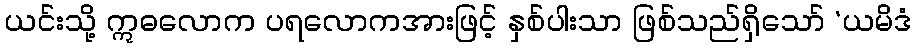
ယင်းသို့ ဣဓလောက ပရလောကအားဖြင့် နှစ်ပါးသာ ဖြစ်သည်ရှိသော် ‘ယမိဒံ